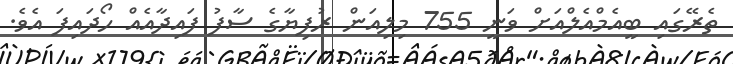
ތެރޭގައި ބީއެމްއެލްއަށް ވަނީ 755 މިލިއަން ރުފިޔާގެ ސާފު ފައިދާއެއް ހޯދައިފަ އެވެ.